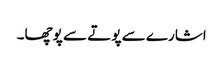
اشارے سے پوتے سے پوچھا۔